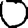
Digit: 0